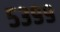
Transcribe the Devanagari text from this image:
५३९९